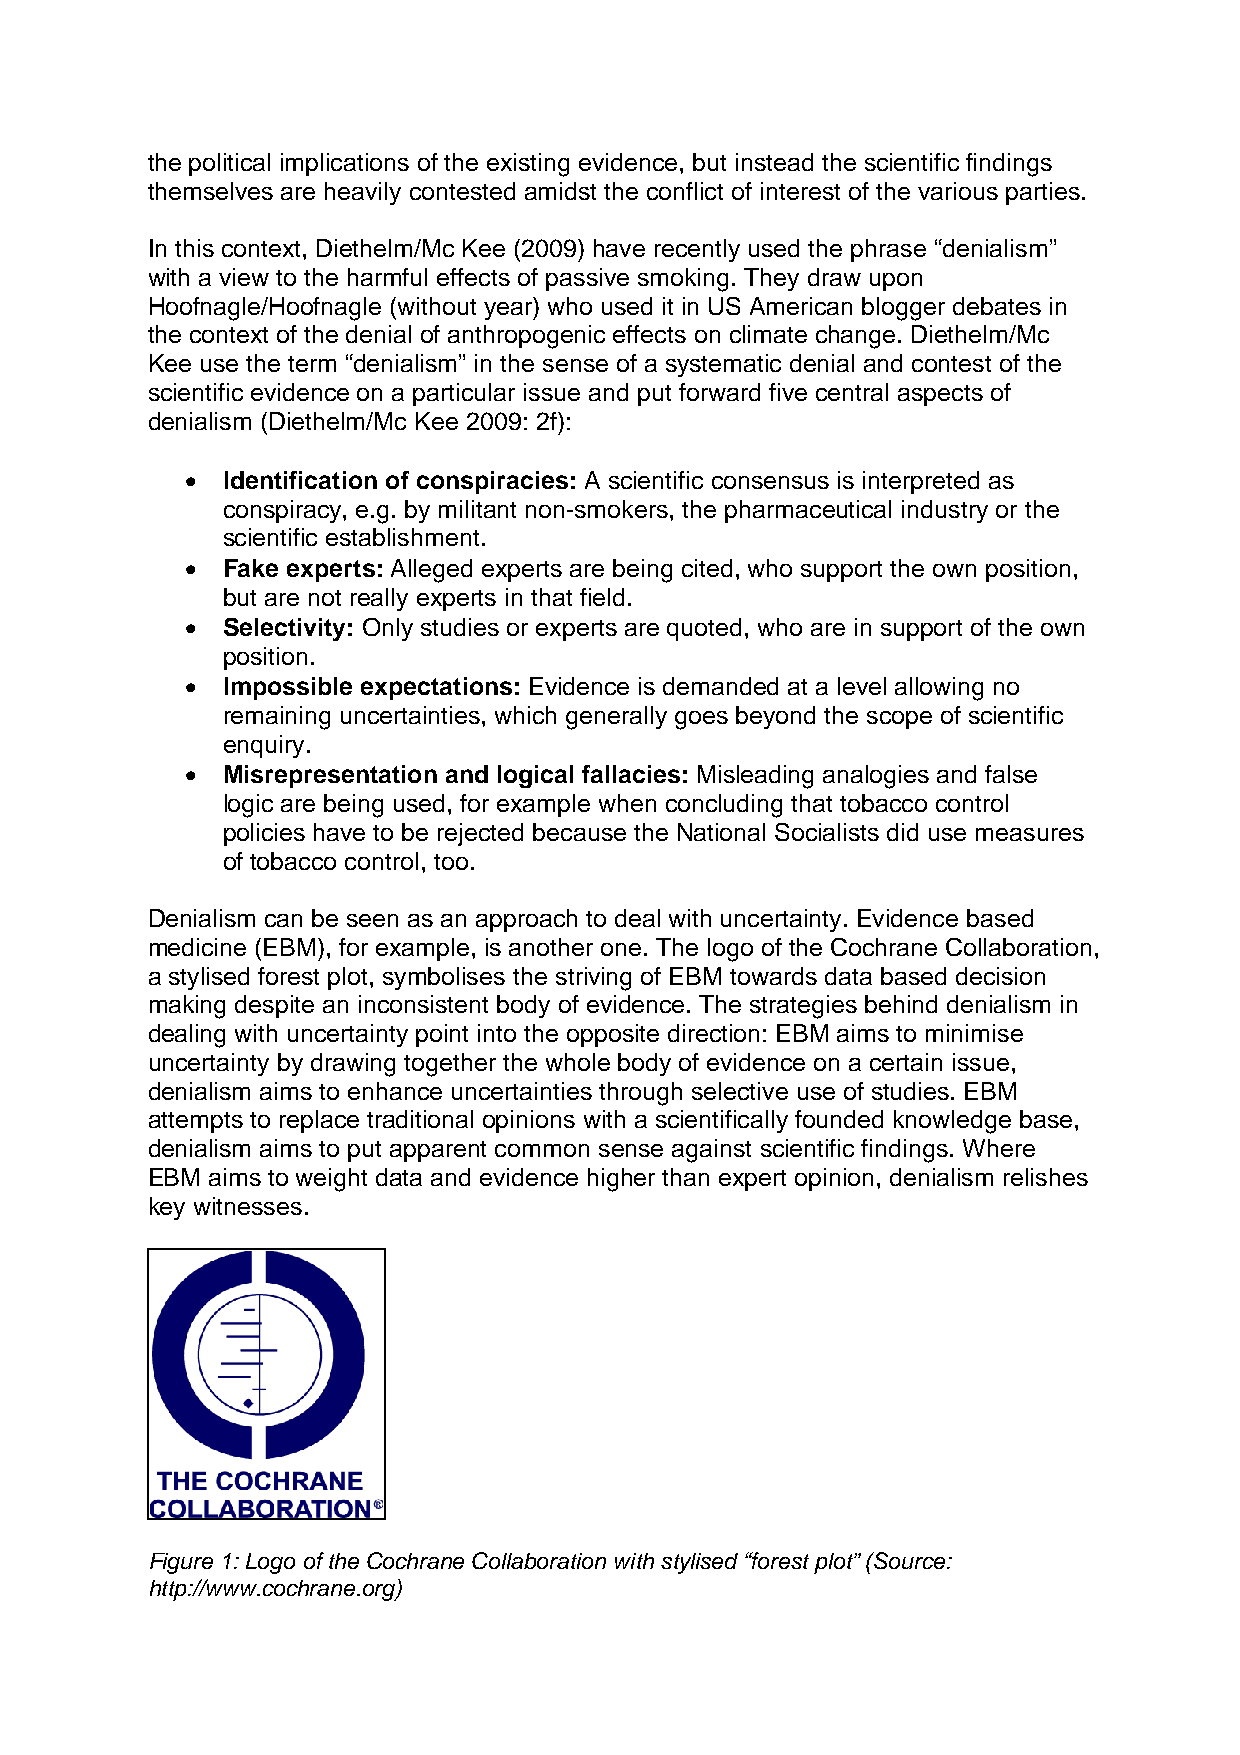
the political implications of the existing evidence, but instead the scientific findings
 themselves are heavily contested amidst the conflict of interest of the various parties.
 In this context, Diethelm/Mc Kee (2009) have recently used the phrase “denialism”
 with a view to the harmful effects of passive smoking. They draw upon
 Hoofnagle/Hoofnagle (without year) who used it in US American blogger debates in
 the context of the denial of anthropogenic effects on climate change. Diethelm/Mc
 Kee use the term “denialism” in the sense of a systematic denial and contest of the
 scientific evidence on a particular issue and put forward five central aspects of
 denialism (Diethelm/Mc Kee 2009: 2f):
 •  Identification of conspiracies: A scientific consensus is interpreted as
 conspiracy, e.g. by militant non-smokers, the pharmaceutical industry or the
 scientific establishment.
 •  Fake experts: Alleged experts are being cited, who support the own position,
 but are not really experts in that field.
 •  Selectivity: Only studies or experts are quoted, who are in support of the own
 position.
 •  Impossible expectations: Evidence is demanded at a level allowing no
 remaining uncertainties, which generally goes beyond the scope of scientific
 enquiry.
 •  Misrepresentation and logical fallacies: Misleading analogies and false
 logic are being used, for example when concluding that tobacco control
 policies have to be rejected because the National Socialists did use measures
 of tobacco control, too.
 Denialism can be seen as an approach to deal with uncertainty. Evidence based
 medicine (EBM), for example, is another one. The logo of the Cochrane Collaboration,
 a stylised forest plot, symbolises the striving of EBM towards data based decision
 making despite an inconsistent body of evidence. The strategies behind denialism in
 dealing with uncertainty point into the opposite direction: EBM aims to minimise
 uncertainty by drawing together the whole body of evidence on a certain issue,
 denialism aims to enhance uncertainties through selective use of studies. EBM
 attempts to replace traditional opinions with a scientifically founded knowledge base,
 denialism aims to put apparent common sense against scientific findings. Where
 EBM aims to weight data and evidence higher than expert opinion, denialism relishes
 key witnesses.
 Figure 1: Logo of the Cochrane Collaboration with stylised “forest plot” (Source:
 http://www.cochrane.org)